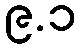
၉.၁